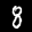
Label: 8